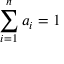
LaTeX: \sum _ { i = 1 } ^ { n } a _ { i } = 1